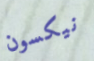
نيكسون